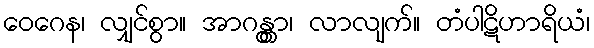
ဝေဂေန၊ လျှင်စွာ။ အာဂန္တွာ၊ လာလျက်။ တံပါဋိဟာရိယံ၊